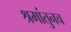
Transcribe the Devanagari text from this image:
श्रमांतुनच